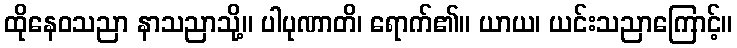
ထိုနေဝသညာ နာသညာသို့။ ပါပုဏာတိ၊ ရောက်၏။ ယာယ၊ ယင်းသညာကြောင့်။